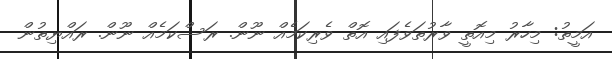
އަމީތު: މިހާރު މިއޮތީ ވާރުތަވެފައި އޮތް ވެރިކަމެއް ނޫން. ރަސްކަމެއް ނޫން. ރައްޔިތުން